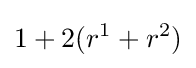
1+2(r^{1}+r^{2})